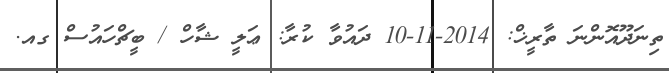
ތިނަދޫއޮންނަ ތާރީޚް: 2014-11-10 ދައުވާ ކުރާ: ޢަލީ ޝާހް / ބީޗްހައުސް ގއ.